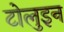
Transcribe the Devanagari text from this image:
टोलुइन